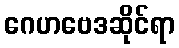
ဂေဟဗေဒဆိုင်ရာ